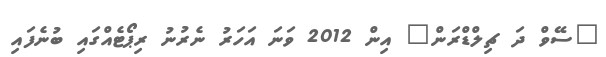
"ސޭވް ދަ ޗިލްޑްރަން" އިން 2012 ވަނަ އަހަރު ނެރުނު ރިޕޯޓެއްގައި ބުނެފައި